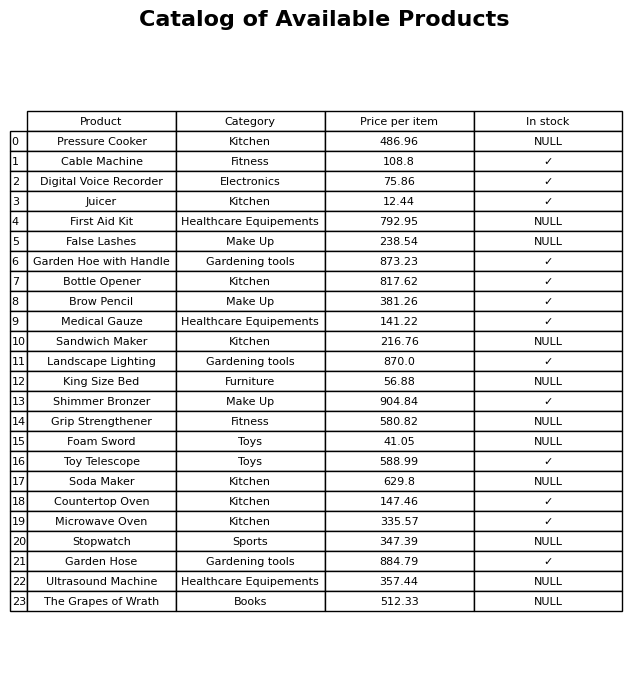
question: What is the price of the Medical Gauze?
answer: The price of Medical Gauze is 141.22.